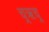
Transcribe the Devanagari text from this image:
च्र्ॠच्र्